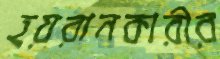
হয়রানকারীর